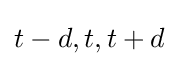
t-d,t,t+d